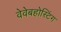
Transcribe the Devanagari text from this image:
वेवेबहोस्टिंग